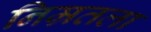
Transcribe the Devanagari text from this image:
निम्रतला